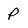
Character: P